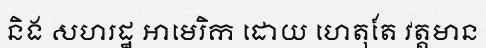
និង សហរដ្ឋ អាមេរិក ដោយ ហេតុតែ វត្តមាន